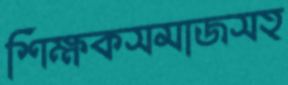
শিক্ষকসমাজসহ